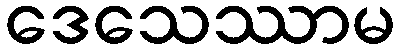
ဒေသေဿာမ